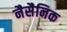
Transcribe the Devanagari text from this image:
नैसैनिक